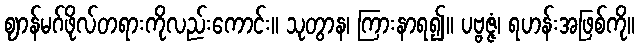
ဈာန်မဂ်ဖိုလ်တရားကိုလည်းကောင်း။ သုတွာန၊ ကြားနာရ၍။ ပဗ္ဗဇ္ဇံ၊ ရဟန်းအဖြစ်ကို။